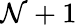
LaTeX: \mathcal{N}+1